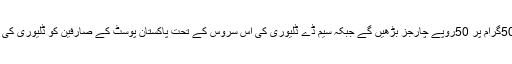
سیم ڈے ڈلیوری سروس کے تحت آدھا کلو کے آ رٹیکل کی ترسیل کے چارجز 150روپے جبکہ اس سے اوپر ہر 500گرام پر 50روپے چارجز بڑھیں گے جبکہ سیم ڈے ڈلیوری کی اس سروس کے تحت پاکستان پوسٹ کے صارفین کو ڈلیوری کی معلومات ایس ایم ایس میسج کے ذریعے فراہم کی جائیں گی تاکہ صارف کو سامان کی ڈلیوری سے آگاہ کیا جا سکے۔